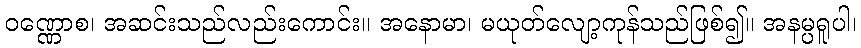
ဝဏ္ဏောစ၊ အဆင်းသည်လည်းကောင်း။ အနောမာ၊ မယုတ်လျော့ကုန်သည်ဖြစ်၍။ အနမ္ပရူပါ၊